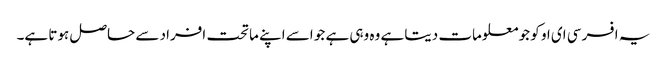
یہ افسر سی ای او کو جو معلومات دیتا ہے وہ وہی ہے جو اسے اپنے ماتحت افراد سے حاصل ہوتا ہے۔